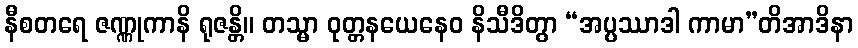
နီစတရေ ဇဏ္ဏုကာနိ ရုဇန္တိ။ တသ္မာ ဝုတ္တနယေနေဝ နိသီဒိတွာ “အပ္ပဿာဒါ ကာမာ”တိအာဒိနာ